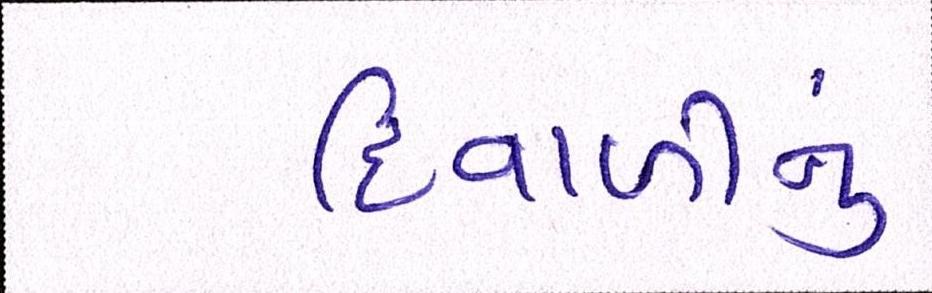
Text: દિવાળીનું